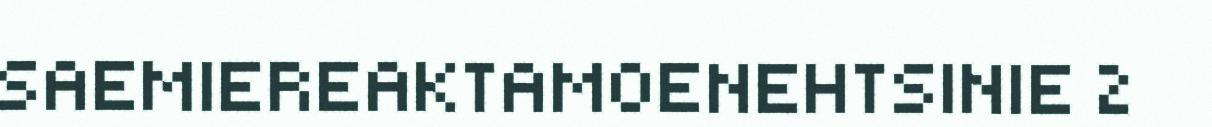
SAEMIEREAKTAMOENEHTSINIE 2